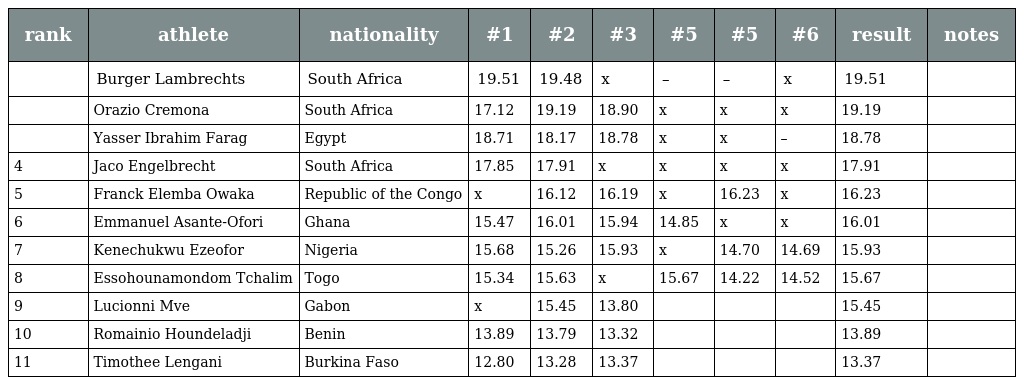
| rank | athlete | nationality | #1 | #2 | #3 | #5 | #5 | #6 | result | notes |
 | --- | --- | --- | --- | --- | --- | --- | --- | --- | --- | --- |
 |  | Burger Lambrechts | South Africa | 19.51 | 19.48 | x | – | – | x | 19.51 |  |
 |  | Orazio Cremona | South Africa | 17.12 | 19.19 | 18.90 | x | x | x | 19.19 |  |
 |  | Yasser Ibrahim Farag | Egypt | 18.71 | 18.17 | 18.78 | x | x | – | 18.78 |  |
 | 4 | Jaco Engelbrecht | South Africa | 17.85 | 17.91 | x | x | x | x | 17.91 |  |
 | 5 | Franck Elemba Owaka | Republic of the Congo | x | 16.12 | 16.19 | x | 16.23 | x | 16.23 |  |
 | 6 | Emmanuel Asante-Ofori | Ghana | 15.47 | 16.01 | 15.94 | 14.85 | x | x | 16.01 |  |
 | 7 | Kenechukwu Ezeofor | Nigeria | 15.68 | 15.26 | 15.93 | x | 14.70 | 14.69 | 15.93 |  |
 | 8 | Essohounamondom Tchalim | Togo | 15.34 | 15.63 | x | 15.67 | 14.22 | 14.52 | 15.67 |  |
 | 9 | Lucionni Mve | Gabon | x | 15.45 | 13.80 |  |  |  | 15.45 |  |
 | 10 | Romainio Houndeladji | Benin | 13.89 | 13.79 | 13.32 |  |  |  | 13.89 |  |
 | 11 | Timothee Lengani | Burkina Faso | 12.80 | 13.28 | 13.37 |  |  |  | 13.37 |  |